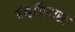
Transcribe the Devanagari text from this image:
इंथूजियास्ट